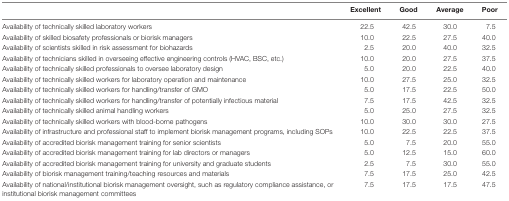
|  | Excellent | Good | Average | Poor |
 | --- | --- | --- | --- | --- |
 | Availability of technically skilled laboratory workers | 22.5 | 42.5 | 30.0 | 7.5 |
 | Availability of skilled biosafety professionals or biorisk managers | 10.0 | 22.5 | 27.5 | 40.0 |
 | Availability of scientists skilled in risk assessment for biohazards | 2.5 | 20.0 | 40.0 | 32.5 |
 | Availability of technicians skilled in overseeing effective engineering controls (HVAC, BSC, etc.) | 10.0 | 20.0 | 27.5 | 37.5 |
 | Availability of technically skilled professionals to oversee laboratory design | 5.0 | 20.0 | 22.5 | 40.0 |
 | Availability of technically skilled workers for laboratory operation and maintenance | 10.0 | 27.5 | 25.0 | 32.5 |
 | Availability of technically skilled workers for handling/transfer of GMO | 5.0 | 17.5 | 22.5 | 50.0 |
 | Availability of technically skilled workers for handling/transfer of potentially infectious material | 7.5 | 17.5 | 42.5 | 32.5 |
 | Availability of technically skilled animal handling workers | 5.0 | 25.0 | 27.5 | 32.5 |
 | Availability of technically skilled workers with blood-borne pathogens | 10.0 | 30.0 | 30.0 | 27.5 |
 | Availability of infrastructure and professional staff to implement biorisk management programs, including SOPs | 10.0 | 22.5 | 22.5 | 37.5 |
 | Availability of accredited biorisk management training for senior scientists | 5.0 | 7.5 | 20.0 | 55.0 |
 | Availability of accredited biorisk management training for lab directors or managers | 5.0 | 12.5 | 15.0 | 60.0 |
 | Availability of accredited biorisk management training for university and graduate students | 2.5 | 7.5 | 30.0 | 55.0 |
 | Availability of biorisk management training/teaching resources and materials | 7.5 | 17.5 | 25.0 | 42.5 |
 | Availability of national/institutional biorisk management oversight, such as regulatory compliance assistance, or institutional biorisk management committees | 7.5 | 17.5 | 17.5 | 47.5 |